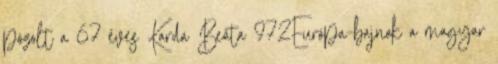
pózolt a 67 éves Karda Beáta 972Európa-bajnok a magyar